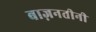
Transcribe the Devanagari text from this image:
बाज़नतीनी